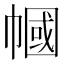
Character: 幗